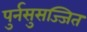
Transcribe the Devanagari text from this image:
पुर्नसुसज्जित